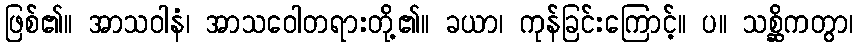
ဖြစ်၏။ အာသဝါနံ၊ အာသဝေါတရားတို့၏။ ခယာ၊ ကုန်ခြင်းကြောင့်။ ပ။ သစ္ဆိကတွာ၊